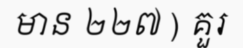
មាន ២២៧ ) គួរ